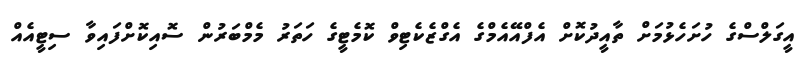
އީގަލްސްގެ ހުށަހެޅުމަށް ތާއީދުކޮށް އެފްއޭއެމްގެ އެގްޒެކެޓިވް ކޮމެޓީގެ ހަތަރު މެމްބަރުން ސޮއިކޮށްފައިވާ ސިޓީއެއް